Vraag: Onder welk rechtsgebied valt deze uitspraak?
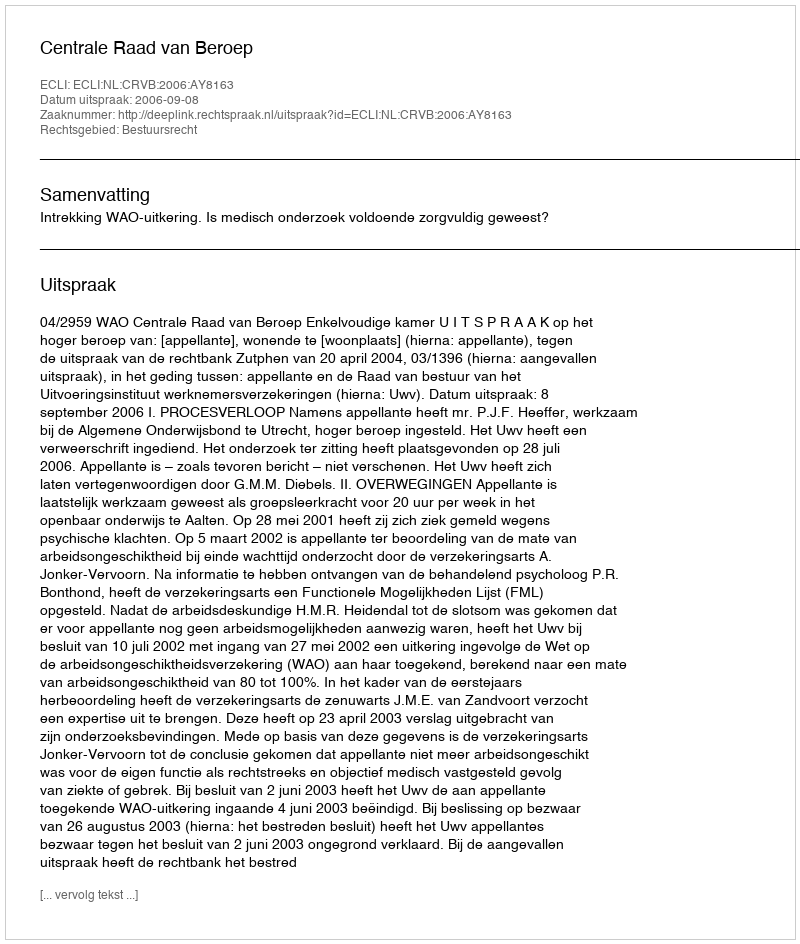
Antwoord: Bestuursrecht